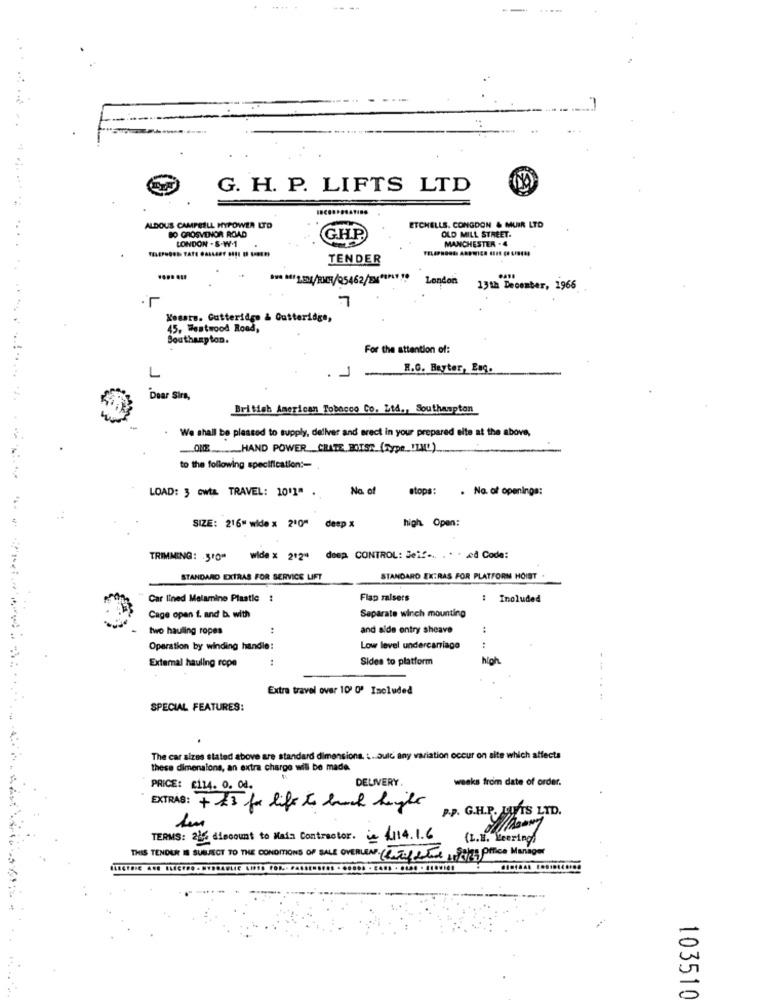
.....
G. H. P. LIFTS LTD
ETCHELLS. CONGDON & MUIR LTD
ALDOUS CAMPBELL HYPOWER LTD
BO GROSVENOR ROAD
OLD MILL STREET.
LONDON . S.W.1
G.H.P.
MANCHESTER - 4
TENDER
London
13th December, 1966
.-
Kesars. Gutteridge & Gutteridge,
45. Westwood Road,
Southampton.
For the attention of:
R.G. Beyter, Eng.
L
Dear Sirs,
British American Tobacco Co. Ltd ., Southampton
We shall be pleased to supply, deliver and erect in your prepared alte at the above
ONE HAND POWER CHATE BOTST (Type _! UAL)
to the following specification :-
No. of
stops:
. No. of openings:
LOAD: 3 cwt& TRAVEL: 10'1" .
high Open:
SIZE: 216" wide x 2'0" deep x
TRIMMING: 510" wide x 2'2" deep CONTROL: Jeif ... ... xd Code:
STANDARD EXTRAS FOR SERVICE LIFT
STANDARD EXTRAS FOR PLATFORM HOIST
Car lined Melamine Plastic :
Flap ralsers
..
Included
Cage open f. and b. with
Separate winch mounting
two hauling ropes
:
and side entry sheave
Operation by winding handle:
Low level undercarriage
External hauling rope
:
Sides to platform
high
Extra travel over 10' 0' Included
SPECIAL FEATURES:
The car sizes stated above are standard dimensions. .... Sulc any variation occur on site which affects
these dimensions, an extra charge will be made.
DELIVERY.
weeks from date of order.
PRICE: 2114. O. Of.
EXTRAS : + 45 for life to back height
P.P. G.H.P. LUTS LTD.
TERMS: 2% discount to Maia Contractor. in 1114.1.6
(L.H. Leerings
THIS TENDER IS SUBJECT TO THE CONDITIONS OF SALE OVERLEAF (estilete Jazz Ofice Manager
103510